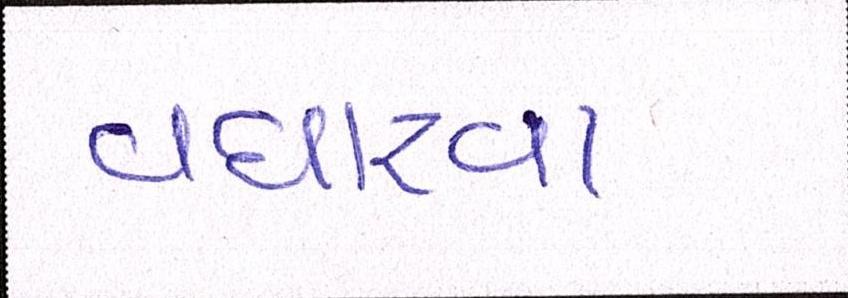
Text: વધારવા